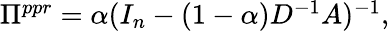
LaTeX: \begin{array}{r}{\begin{array}{r}{\Pi^{ppr}=\alpha(I_{n}-(1-\alpha)D^{-1}A)^{-1},}\end{array}}\end{array}